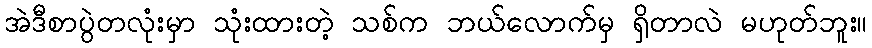
အဲဒီစာပွဲတလုံးမှာ သုံးထားတဲ့ သစ်က ဘယ်လောက်မှ ရှိတာလဲ မဟုတ်ဘူး။